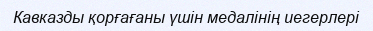
Кавказды қорғағаны үшін медалінің иегерлері